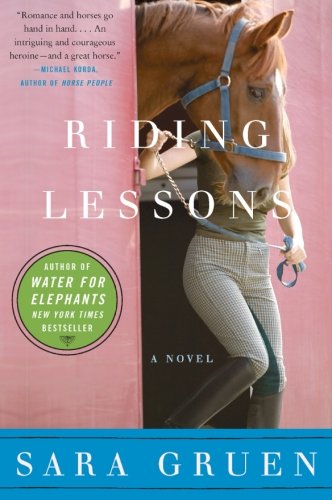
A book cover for Riding Lessons: A Novel; Sara Gruen; Literature & Fiction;